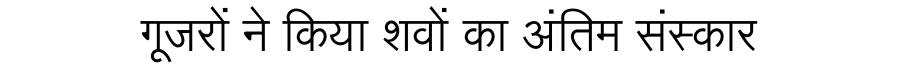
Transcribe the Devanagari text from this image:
गूजरों ने किया शवों का अंतिम संस्कार